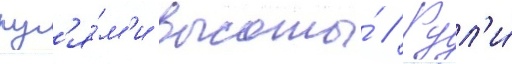
рул'я́м'и высоты́ // Рул'и́